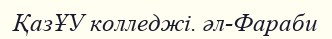
ҚазҰУ колледжі. әл-Фараби